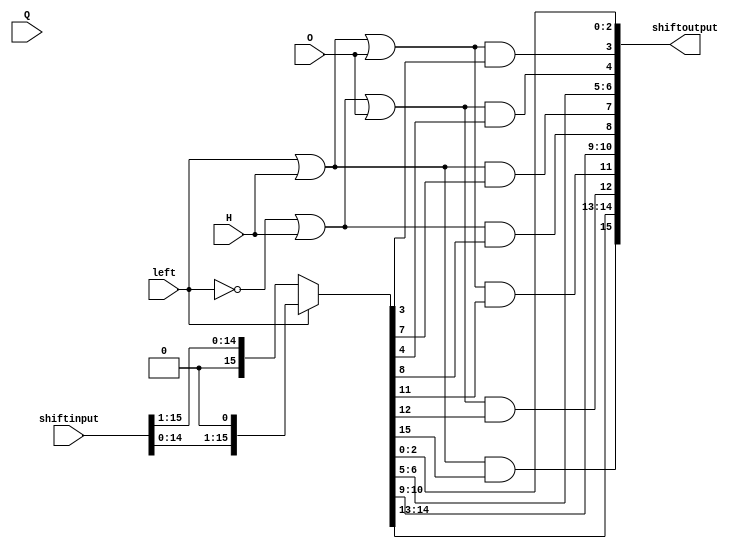
`timescale 1ns / 1ps

module SIMDshifter(
        input [15:0] shiftinput,
        input H,
        input O,
        input Q,
        input left,
        output [15:0] shiftoutput
    );
    
    wire [14:0] left_shift =  shiftinput[14:0];
    wire [14:0] right_shift =  shiftinput[15:1];
    wire [15:0] shiftoutput_tmp = left?{left_shift,1'b0}:{1'b0,right_shift};
    assign shiftoutput[3:0]   = {(left|H|O)&shiftoutput_tmp[3],   shiftoutput_tmp[2:0]};
    assign shiftoutput[7:4]   = {(left|H)&shiftoutput_tmp[7],     shiftoutput_tmp[6:5],    (!left|H|O)&shiftoutput_tmp[4]};
    assign shiftoutput[11:8]  = {(left|H|O)&shiftoutput_tmp[11],  shiftoutput_tmp[10:9],   (!left|H)&shiftoutput_tmp[8]};
    assign shiftoutput[15:12] = {(left|H)&shiftoutput_tmp[15],    shiftoutput_tmp[14:13],  (!left|H|O)&shiftoutput_tmp[12]};
    
    
    
endmodule